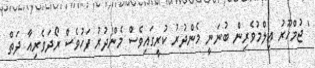
' ޖުމްހޫރު ޢިލްމުވެރިން ބުނަނީ މެންދުރު ކުރީގައިވެސް މެންދުރު ފަހުވެސް ރޯދަވެރިއާ ދަތް